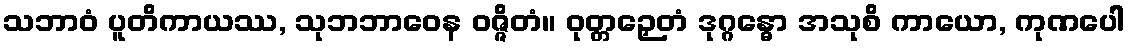
သဘာဝံ ပူတိကာယဿ, သုဘဘာဝေန ဝဇ္ဇိတံ။ ဝုတ္တဉှေတံ ဒုဂ္ဂန္ဓော အသုစိ ကာယော, ကုဏပေါ